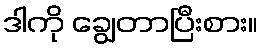
ဒါကို ချွေတာပြီးစား။